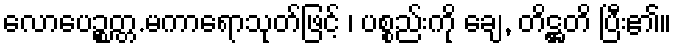
လောပေဉ္စတ္တ.မကာရောသုတ်ဖြင့် ၊ ပစ္စည်းကို ချေ, တိဋ္ဌတိ ပြီး၏။